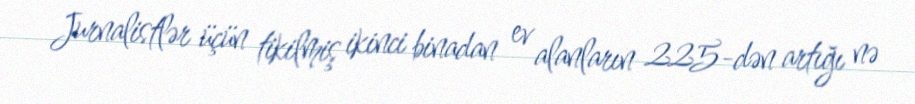
Jurnalistlər üçün tikilmiş ikinci binadan ev alanların 225-dən artığı nə